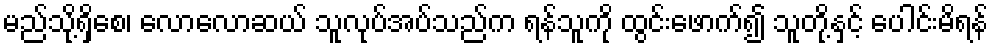
မည်သို့ရှိစေ၊ လောလောဆယ် သူလုပ်အပ်သည်က ရန်သူကို ထွင်းဖောက်၍ သူတို့နှင့် ပေါင်းမိရန်